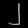
Digit: ၂